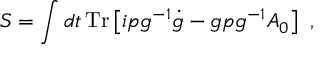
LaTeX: { \cal S } = \int d t \, \mathrm { T r } \left[ i p g ^ { - 1 } \dot { g } - g p g ^ { - 1 } A _ { 0 } \right] ~ ,